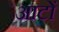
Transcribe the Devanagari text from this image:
आटों